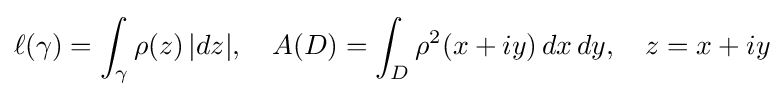
\ell (\gamma )=\int _{\gamma }\rho (z)\,|dz|,\quad A(D)=\int _{D}\rho ^{2}(x+iy)\,dx\,dy,\quad z=x+iy